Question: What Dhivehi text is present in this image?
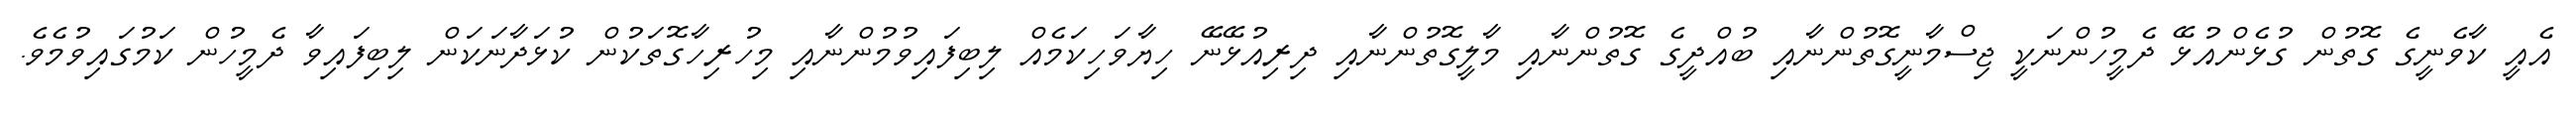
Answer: އެއީ ކާވެނީގެ ގޮތުން ގުޅެންއުޅޭ ދެމީހުންނަކީ ޖިސްމާނީގޮތުންނާއި ބުއްދީގެ ގޮތުންނާއި މާލީގޮތުންނާއި ދިރިއުޅޭނޭ ހިޔާވަހިކަމެއް ލިބިފައިވުމުންނާއި މިހުރިހާގޮތަކުން ކުޅަދާނަކަން ލިބިފައިވާ ދެމީހުން ކަމުގައިވުމެވެ.